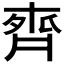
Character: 𪗄